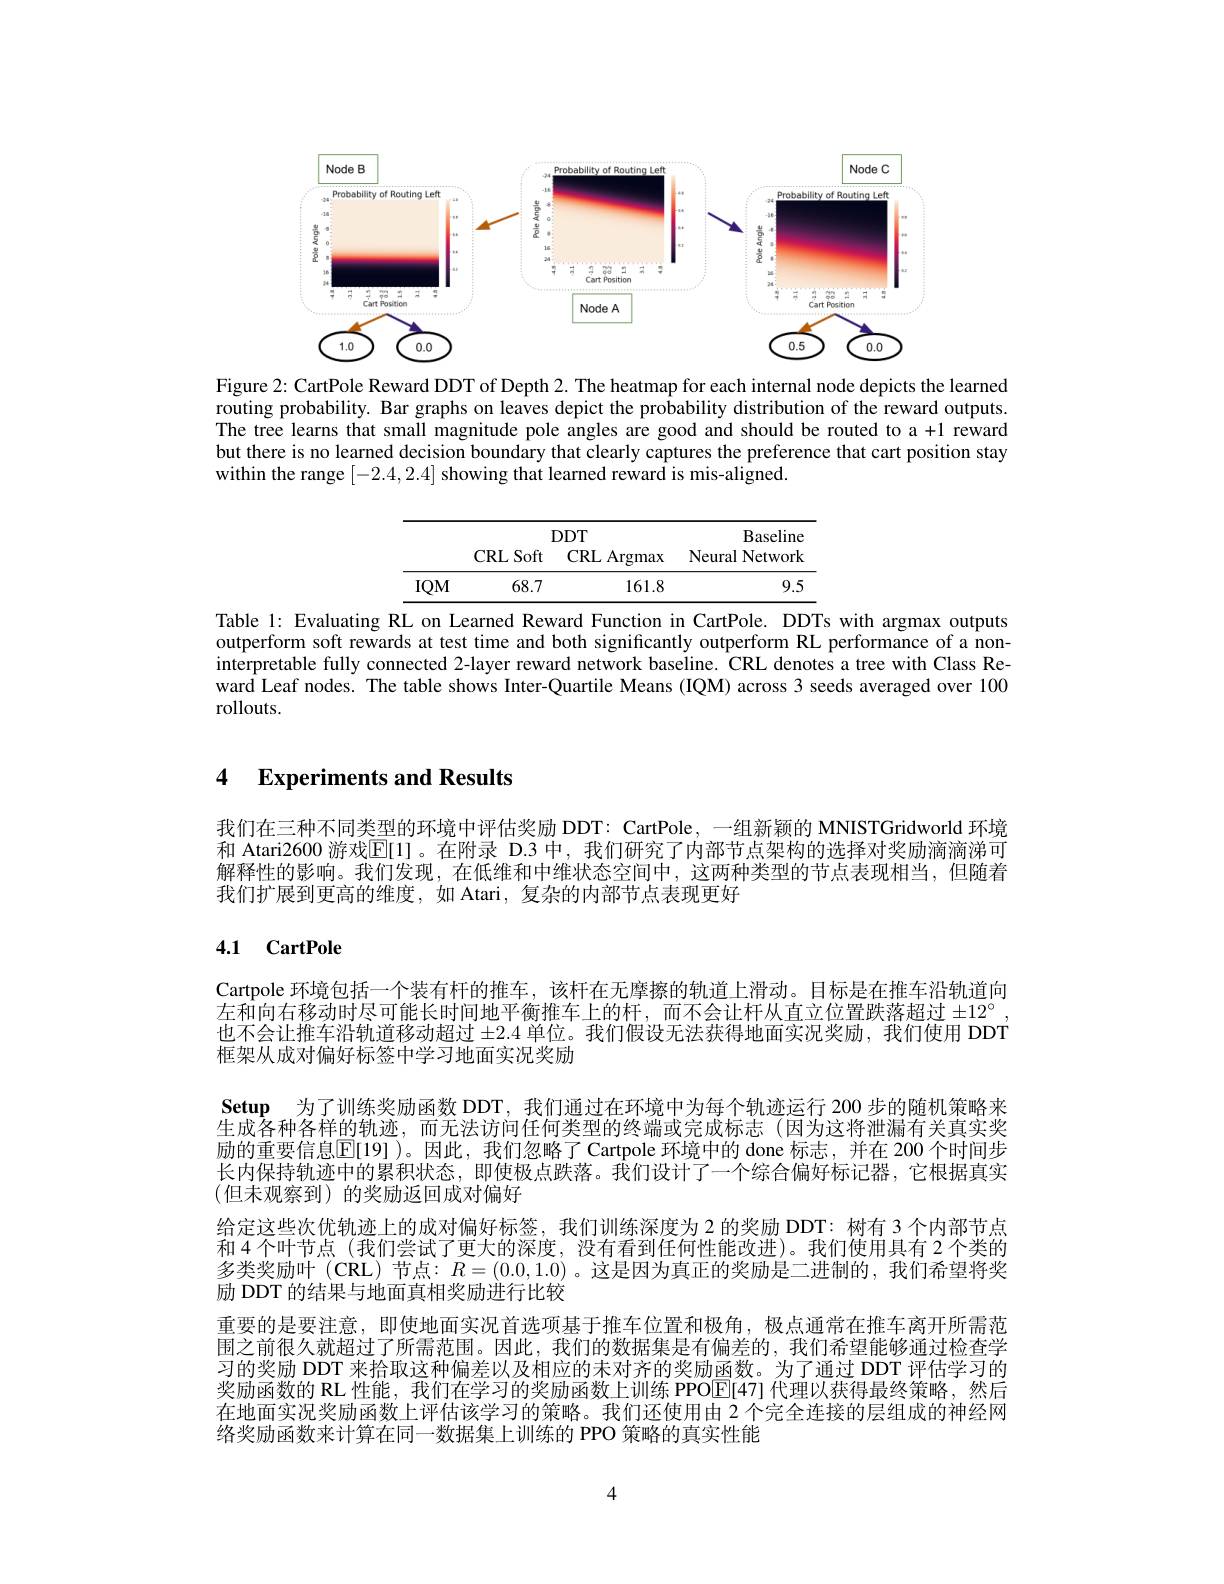
<FigureHere>

Figure 2: CartPole Reward DDT of Depth 2. The heatmap for each internal node depicts the learned routing probability. Bar graphs on leaves depict the probability distribution of the reward outputs. The tree learns that small magnitude pole angles are good and should be routed to a +1 reward but there is no learned decision boundary that clearly captures the preference that cart position stay within the range [-2.4,2.4] showing that learned reward is mis-aligned.

<table>
	<tbody>
		<tr>
			<th> </th>
			<th>$DDT$ CRLSoft CRL Argmax</th>
			<th>Baseline Neural Network</th>
		</tr>
		<tr>
			<th> </th>
			<th>$DDT$ CRLSoft CRL Argmax</th>
			<th>Baseline Neural Network</th>
		</tr>
		<tr>
			<td>$IQM$</td>
			<td>68.7 161.8</td>
			<td>9.5</td>
		</tr>
	</tbody>
</table>

Table 1: Evaluating RL on Learned Reward Function in CartPole. DDTs with argmax outputs outperform soft rewards at test time and both significantly outperform RL performance of a noninterpretable fully connected 2-layer reward network baseline. CRL denotes a tree with Class Reward Leaf nodes. The table shows Inter-Quartile Means (IQM) across 3 seeds averaged over 100 rollouts.

### 4 $\textbf{Experiments and Results}$

我们在三种不同类型的环境中评估奖励 DDT: CartPole, 一组新颖的 MNISTGridworld 环境和 Atari2600 游戏$\mathbb{E}[1]$。在附录 D.3 中，我们研究了内部节点架构的选择对奖励滴滴涕可解释性的影响。我们发现，在低维和中维状态空间中，这两种类型的节点表现相当，但随着我们扩展到更高的维度，如 Atari, 复杂的内部节点表现更好

### 4.1 CartPole

Cartpole 环境包括一个装有杆的推车，该杆在无摩擦的轨道上滑动。目标是在推车沿轨道向左和向右移动时尽可能长时间地平衡推车上的杆，而不会让杆从直立位置跌落超过$\pm12^\circ$ 也不会让推车沿轨道移动超过$\pm2.4$单位。我们假设无法获得地面实况奖励，我们使用 DDT 框架从成对偏好标签中学习地面实况奖励
Setup 为了训练奖励函数 DDT, 我们通过在环境中为每个轨迹运行 200 步的随机策略来生成各种各样的轨迹，而无法访问任何类型的终端或完成标志(因为这将泄漏有关真实奖励的重要信息$\mathbb{E}[19]$ )。因此，我们忽略了 Cartpole 环境中的 done 标志，并在 200个时间步长内保持轨迹中的累积状态，即使极点跌落。我们设计了一个综合偏好标记器，它根据真实(但未观察到)的奖励返回成对偏好
给定这些次优轨迹上的成对偏好标签，我们训练深度为2 的奖励 DDT: 树有 3 个内部节点和4个叶节点(我们尝试了更大的深度，没有看到任何性能改进)。我们使用具有2个类的多类奖励叶(CRL)节点：$R=(0.0,1.0)$。这是因为真正的奖励是二进制的，我们希望将奖励 DDT 的结果与地面真相奖励进行比较
重要的是要注意，即使地面实况首选项基于推车位置和极角，极点通常在推车离开所需范围之前很久就超过了所需范围。因此，我们的数据集是有偏差的，我们希望能够通过检查学习的奖励 DDT 来拾取这种偏差以及相应的未对齐的奖励函数。为了通过 DDT 评估学习的奖励函数的 RL 性能，我们在学习的奖励函数上训练 PPOE[47] 代理以获得最终策略，然后在地面实况奖励函数上评估该学习的策略。我们还使用由 2 个完全连接的层组成的神经网络奖励函数来计算在同一数据集上训练的 PPO 策略的真实性能

4